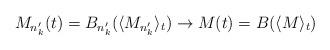
LaTeX: \begin{align*}M_{n'_k}(t) = B_{n'_k}(\langle M_{n'_k}\rangle_t) \to M(t) = B(\langle M\rangle_t)\end{align*}